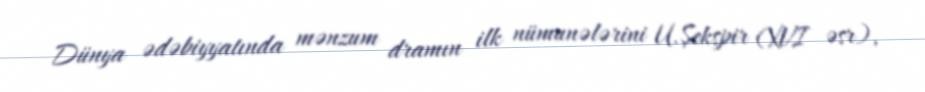
Dünya ədəbiyyatında mənzum dramın ilk nümunələrini U.Şekspir (XVI əsr),